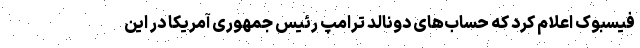
فیسبوک اعلام کرد که حساب‌های دونالد ترامپ رئیس جمهوری آمریکا در این